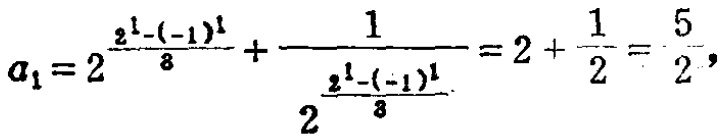
\[

a_{1}=2^{\frac{2^{1}-(-1)^{1}}{3}}+\frac{1}{2^{\frac{2^{1}-(-1)^{1}}{3}}}=2+\frac{1}{2}=\frac{5}{2},

\]